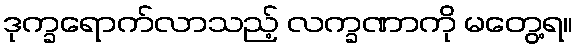
ဒုက္ခရောက်လာသည့် လက္ခဏာကို မတွေ့ရ။